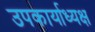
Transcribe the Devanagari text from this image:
उपकार्याध्यक्ष